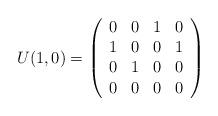
LaTeX: \begin{align*}U(1,0)=\left(\begin{array}{cccc}0 & 0 & 1 & 0 \\1 & 0 & 0 & 1 \\0 & 1 & 0 & 0 \\0 & 0 & 0 & 0\end{array}\right)\end{align*}